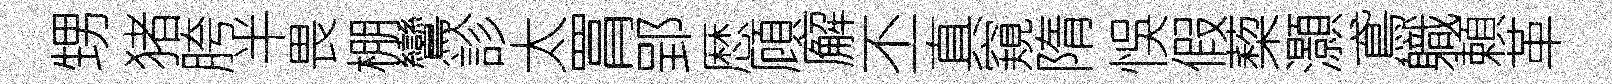
甥猪胯半畏棚鸞診太罥郢厯頋廨丕真窺隋悞假蔾灝鳶軄頼革